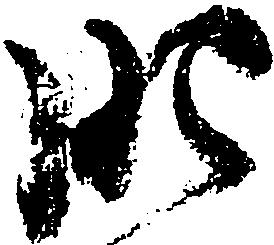
肥